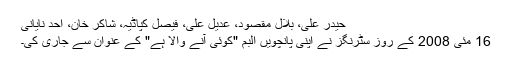
حیدر علی، بلال مقصود، عدیل علی، فیصل کپاڈیہ، شاکر خان، احد نایانی
16 مئی 2008 کے روز سٹرنگز نے اپنی پانچویں البم "کوئی آنے والا ہے" کے عنوان سے جاری کی۔